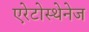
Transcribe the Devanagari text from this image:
एरेटोस्थेनेज